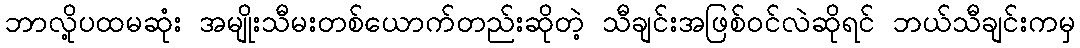
ဘာလို့ပထမဆုံး အမျိုးသီမးတစ်ယောက်တည်းဆိုတဲ့ သီချင်းအဖြစ်ဝင်လဲဆိုရင် ဘယ်သီချင်းကမှ